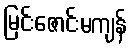
မြင်းဇောင်းမကျန်